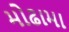
મોઢામા